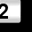
Digit: 2